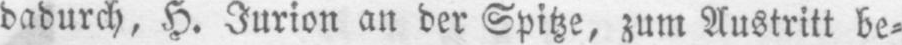
dadurch, H. Jurion an der Spitze, zum Austritt be⸗